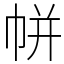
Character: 帡